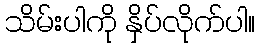
သိမ်းပါကို နှိပ်လိုက်ပါ။